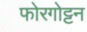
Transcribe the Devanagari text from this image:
फोरगोट्टन